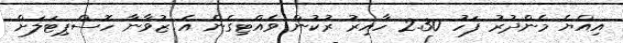
އިއްޔެ މެންދުރު ފަހު 2.30 ހާއިރު ރުކުން ވެއްޓިގެން އެ ޒުވާނާ ހޮސްޕިޓަލަށް